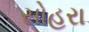
સોહરા